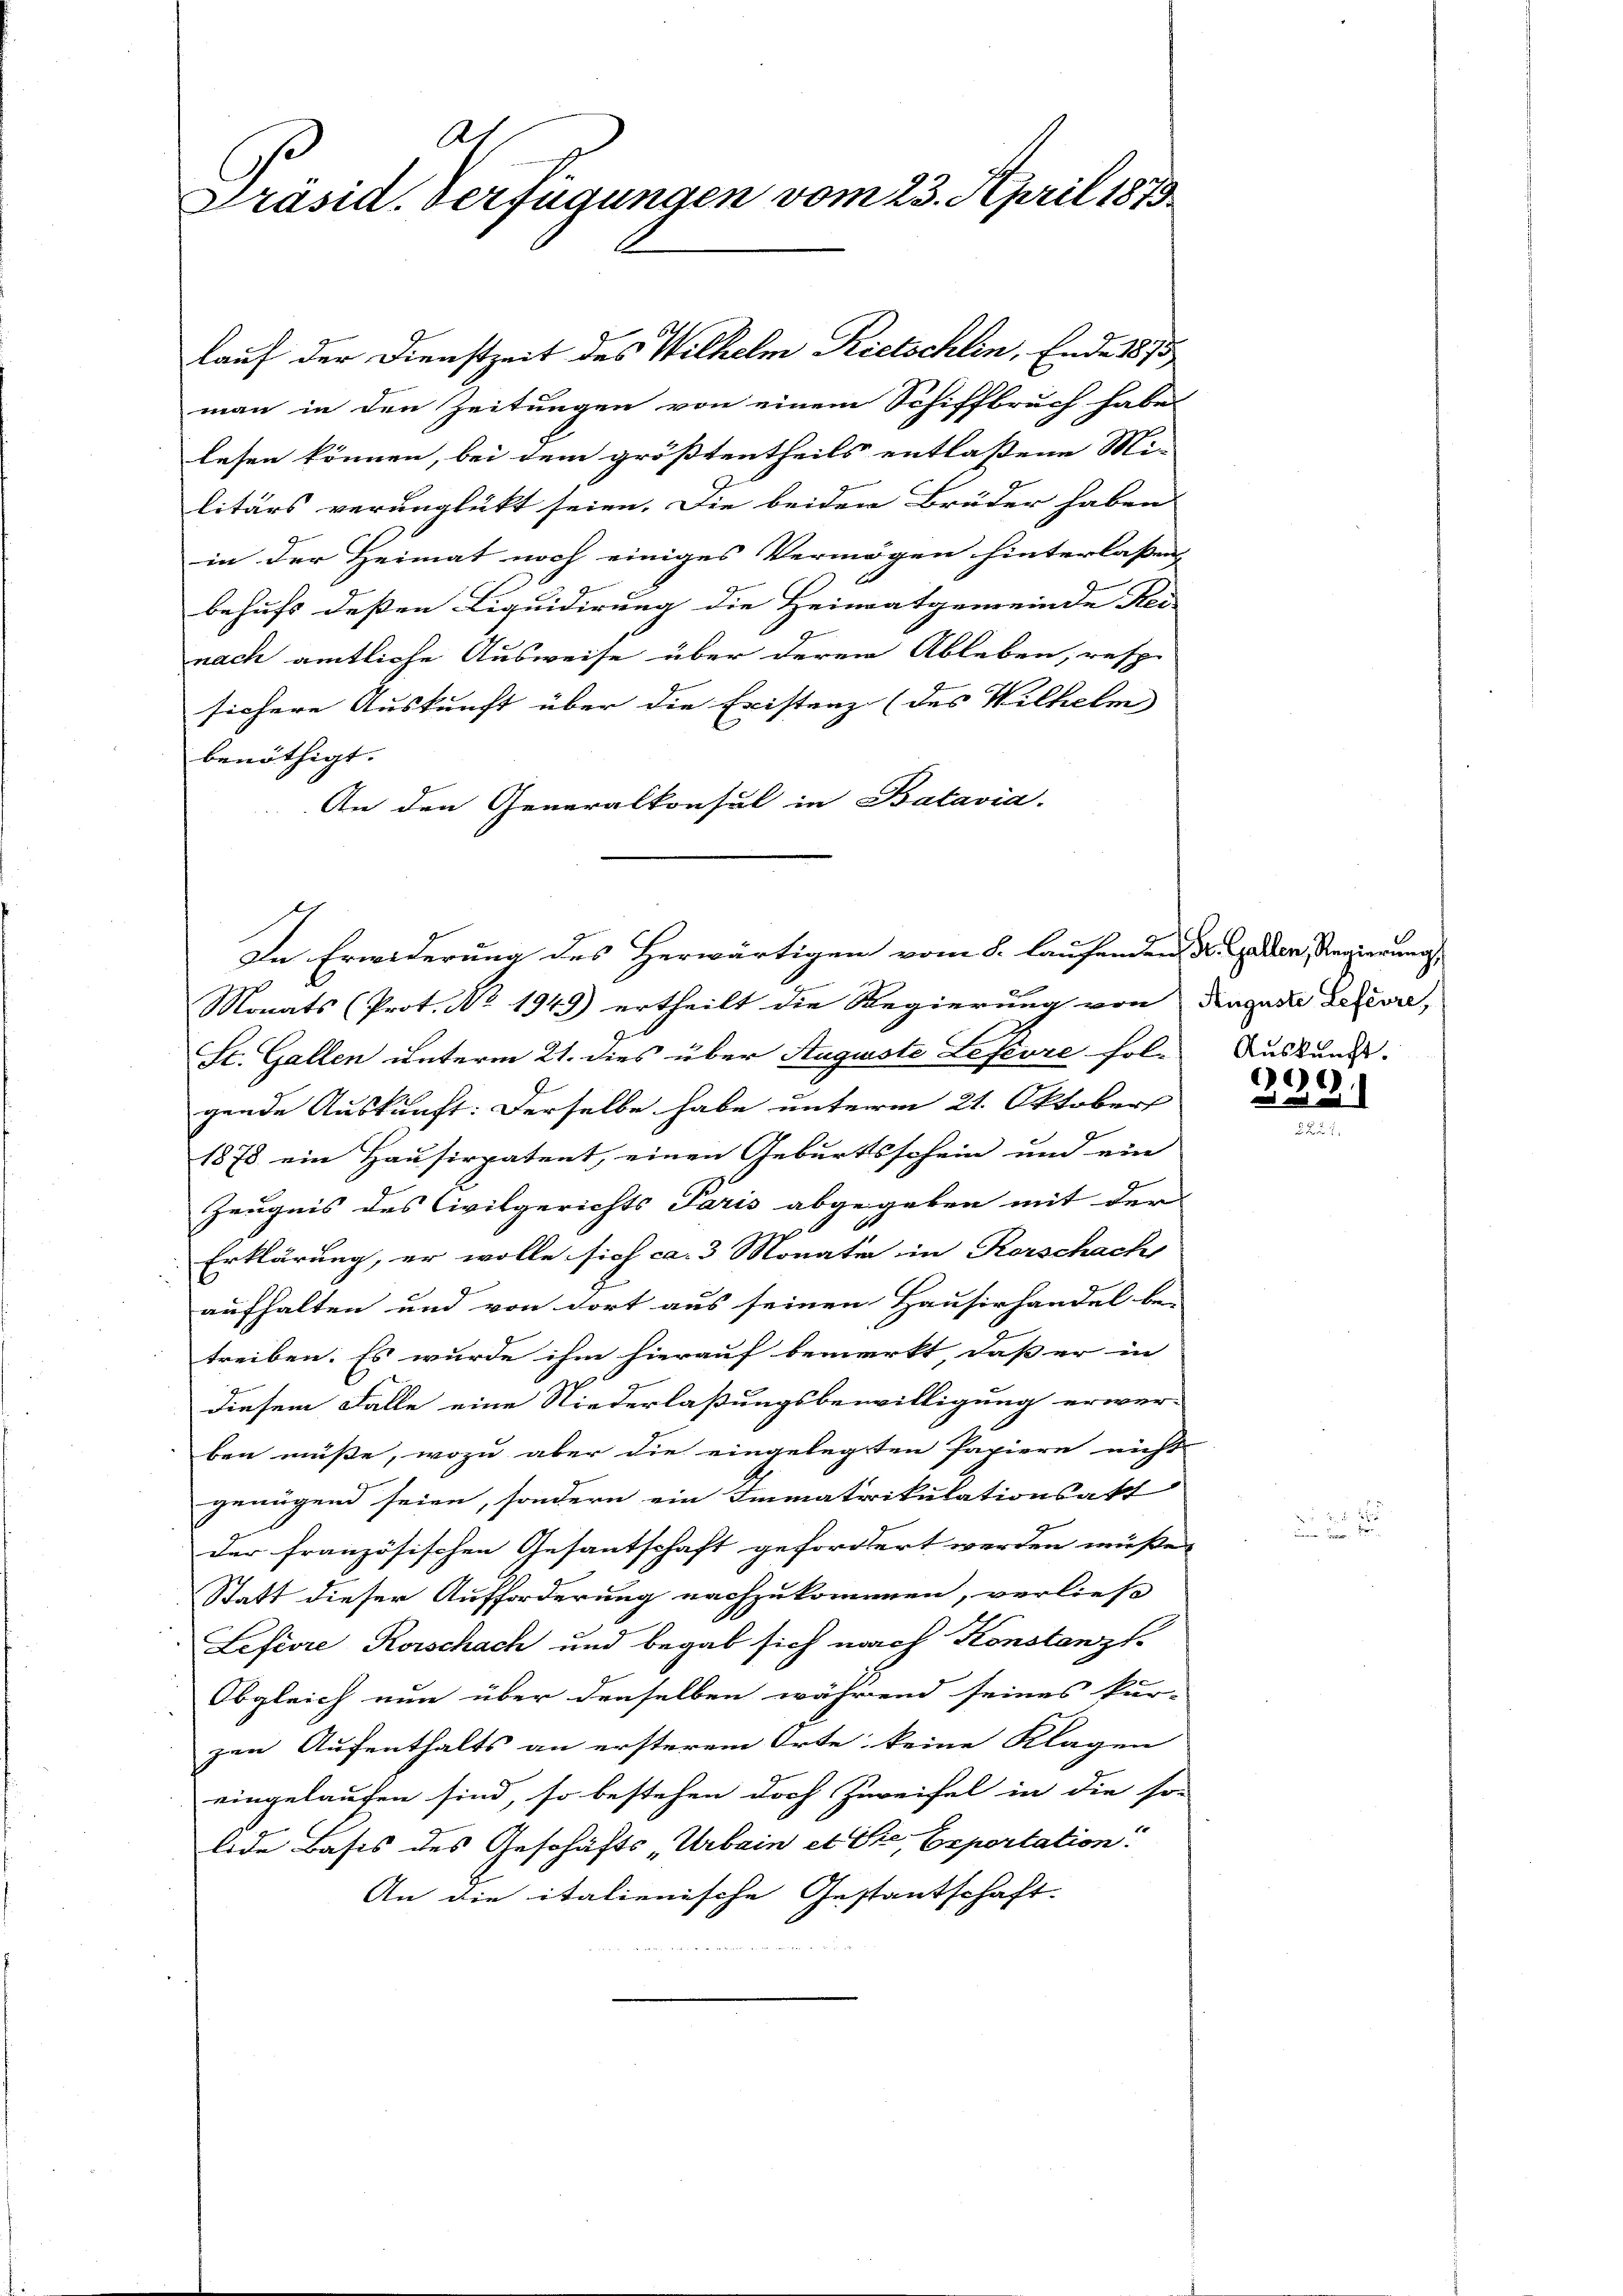
A.
Präsid. Verfügungen vom 23. April 1873

lauf der Dienstzeit des Wilhelm Rietschlin, Ende 1875

In Erwiderung des Herwärtigen vom 8. laufenden R. Gallen, Regierungs

man in den Zeitungen von einem Schiffbruch habe
lesen können, bei dem größtentheils entlaßene Mi-
litärs verunglückt seien. Die beiden Brüder haben
in der Heimat noch einiges Vermögen hinterlassen
behufs deßen Liquidirung die Heimatgemeinde Rei-
nach amtliche Ausweise über deren Ableben, resp.
sichere Auskunft über die Existenz (des Wilhelm
benöthigt.
An den Generalkonsul in Batavia.
Monats (Prot. No 1949) ertheilt die Regierung von Tages Lefevre,
St. Gallen unterm 21. dies über Auguste Lefevre fole Auskund
gende Auskunft: Derselbe habe unterm 21. Oktober
1878 ein Hausirpatent, einen Geburtsschein und ein
Zeugnis des Civilgerichts Paris abgegeben mit der
Erklärung, er wolle sich ca. 3 Monaten in Rorschach
aufhalten und von dort aus seinen Hausirhandel be-
treiben. Es wurde ihm hierauf bemerkt, daß er in
diesem Falle eine Niederlaßungsbewilligung erwer-
ben müße, wozu aber die eingelegten Papiere nicht
genügend seien, sondern ein Immatrikulationsakt
der französischen Gesantschaft gefordert werden müße,
Statt dieser Aufforderung nachzukommen, verließ
Lefevre, Korschach und begab sich nach Konstanzt
Obgleich nun über denselben während seines kur-
zen Aufenthalts an ersterem Orte keine Klagen
eingelaufen sind, so bestehen doch Zureifel in die so-
Eide Basis des Geschäfts Urbain et Sie beportation
An die italienische Gestantschaft.

000